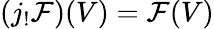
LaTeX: (j_{!}{\mathcal{F}})(V)={\mathcal{F}}(V)